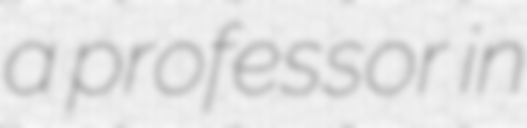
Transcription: a professor in